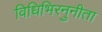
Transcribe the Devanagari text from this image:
विधिभिरनुनीता